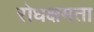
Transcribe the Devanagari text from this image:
रोधक्षमता